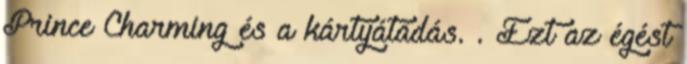
Prince Charming és a kártyátadás. . Ezt az égést